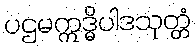
ပဌမဣဒ္ဓိပါဒသုတ္တံ